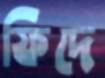
ফিদে